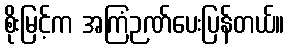
စိုးမြင့်က အကြံဉဏ်ပေးပြန်တယ်။